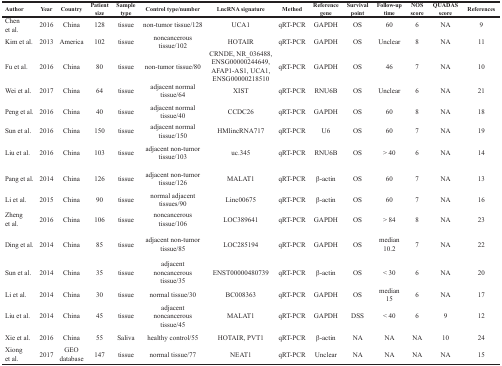
<table><thead><tr><td><b>Author</b></td><td><b>Year</b></td><td><b>Country</b></td><td><b>Patient size</b></td><td><b>Sample type</b></td><td><b>Control type/number</b></td><td><b>LncRNA signature</b></td><td><b>Method</b></td><td><b>Reference gene</b></td><td><b>Survival point</b></td><td><b>Follow-up time</b></td><td><b>NOS score</b></td><td><b>QUADAS score</b></td><td><b>References</b></td></tr></thead><tbody><tr><td>Chen et al.</td><td>2016</td><td>China</td><td>128</td><td>tissue</td><td>non-tumor tissue/128</td><td>UCA1</td><td>qRT-PCR</td><td>GAPDH</td><td>OS</td><td>60</td><td>6</td><td>NA</td><td>9</td></tr><tr><td>Kim et al.</td><td>2013</td><td>America</td><td>102</td><td>tissue</td><td>noncancerous tissue/102</td><td>HOTAIR</td><td>qRT-PCR</td><td>GAPDH</td><td>OS</td><td>Unclear</td><td>8</td><td>NA</td><td>11</td></tr><tr><td>Fu et al.</td><td>2016</td><td>China</td><td>80</td><td>tissue</td><td>non-tumor tissue/80</td><td>CRNDE, NR_036488, ENSG00000244649, AFAP1-AS1, UCA1, ENSG00000218510</td><td>qRT-PCR</td><td>GAPDH</td><td>OS</td><td>46</td><td>7</td><td>NA</td><td>10</td></tr><tr><td>Wei et al.</td><td>2017</td><td>China</td><td>64</td><td>tissue</td><td>adjacent normal tissue/64</td><td>XIST</td><td>qRT-PCR</td><td>RNU6B</td><td>OS</td><td>Unclear</td><td>6</td><td>NA</td><td>21</td></tr><tr><td>Peng et al.</td><td>2016</td><td>China</td><td>40</td><td>tissue</td><td>adjacent normal tissue/40</td><td>CCDC26</td><td>qRT-PCR</td><td>GAPDH</td><td>OS</td><td>60</td><td>8</td><td>NA</td><td>18</td></tr><tr><td>Sun et al.</td><td>2016</td><td>China</td><td>150</td><td>tissue</td><td>adjacent normal tissue/150</td><td>HMlincRNA717</td><td>qRT-PCR</td><td>U6</td><td>OS</td><td>60</td><td>7</td><td>NA</td><td>19</td></tr><tr><td>Liu et al.</td><td>2016</td><td>China</td><td>103</td><td>tissue</td><td>adjacent non-tumor tissue/103</td><td>uc.345</td><td>qRT-PCR</td><td>RNU6B</td><td>OS</td><td>&gt; 40</td><td>6</td><td>NA</td><td>14</td></tr><tr><td>Pang et al.</td><td>2014</td><td>China</td><td>126</td><td>tissue</td><td>adjacent non-tumor tissue/126</td><td>MALAT1</td><td>qRT-PCR</td><td>β-actin</td><td>OS</td><td>60</td><td>7</td><td>NA</td><td>13</td></tr><tr><td>Li et al.</td><td>2015</td><td>China</td><td>90</td><td>tissue</td><td>normal adjacent tissues/90</td><td>Linc00675</td><td>qRT-PCR</td><td>β-actin</td><td>OS</td><td>60</td><td>7</td><td>NA</td><td>16</td></tr><tr><td>Zheng et al.</td><td>2016</td><td>China</td><td>106</td><td>tissue</td><td>noncancerous tissue/106</td><td>LOC389641</td><td>qRT-PCR</td><td>GAPDH</td><td>OS</td><td>&gt; 84</td><td>8</td><td>NA</td><td>23</td></tr><tr><td>Ding et al.</td><td>2014</td><td>China</td><td>85</td><td>tissue</td><td>adjacent non-tumor tissue/85</td><td>LOC285194</td><td>qRT-PCR</td><td>GAPDH</td><td>OS</td><td>median 10.2</td><td>7</td><td>NA</td><td>22</td></tr><tr><td>Sun et al.</td><td>2014</td><td>China</td><td>35</td><td>tissue</td><td>adjacent noncancerous tissue/35</td><td>ENST00000480739</td><td>qRT-PCR</td><td>β-actin</td><td>OS</td><td>&lt; 30</td><td>6</td><td>NA</td><td>20</td></tr><tr><td>Li et al.</td><td>2014</td><td>China</td><td>30</td><td>tissue</td><td>normal tissue/30</td><td>BC008363</td><td>qRT-PCR</td><td>GAPDH</td><td>OS</td><td>median 15</td><td>6</td><td>NA</td><td>17</td></tr><tr><td>Liu et al.</td><td>2014</td><td>China</td><td>45</td><td>tissue</td><td>adjacent noncancerous tissue/45</td><td>MALAT1</td><td>qRT-PCR</td><td>GAPDH</td><td>DSS</td><td>&lt; 40</td><td>6</td><td>9</td><td>12</td></tr><tr><td>Xie et al.</td><td>2016</td><td>China</td><td>55</td><td>Saliva</td><td>healthy control/55</td><td>HOTAIR, PVT1</td><td>qRT-PCR</td><td>β-actin</td><td>NA</td><td>NA</td><td>NA</td><td>10</td><td>24</td></tr><tr><td>Xiong et al.</td><td>2017</td><td>GEO database</td><td>147</td><td>tissue</td><td>normal tissue/77</td><td>NEAT1</td><td>qRT-PCR</td><td>Unclear</td><td>NA</td><td>NA</td><td>NA</td><td>NA</td><td>15</td></tr></tbody></table>